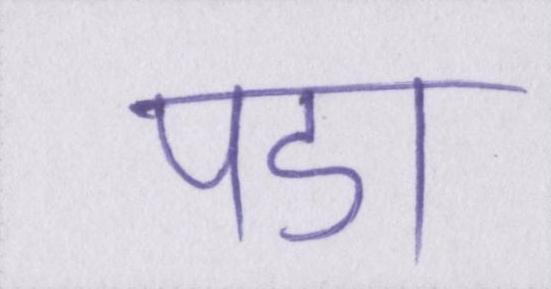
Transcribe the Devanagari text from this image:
पडा